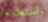
واستطيع